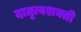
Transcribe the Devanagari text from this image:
दातृत्वशक्ती